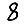
Digit: 8